Tezpur Lunatic Asylum reports 1877-1894 - 1877-1894
Year: 1877
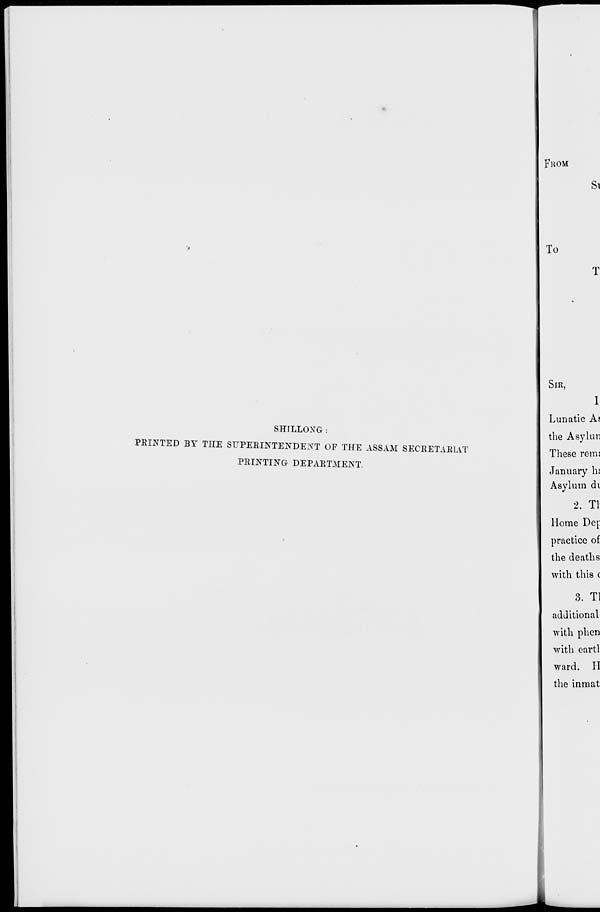
FROM
ST
To
T
SIR,
SHILLONG :
PEINTED BY THE STJPEEINTENDENT OF THE ASSAM SECRETARIAT
PEINTING DEPARTMENT.
1
Lunatic A$
the Asylun
These remi
January hi
Asylum di
2. Tl
Home Der.
practice of
the deaths
with this (
3. Tl
additional
with phen
with eartl
ward. II
the in mat